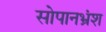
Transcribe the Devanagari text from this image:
सोपानभ्रंश